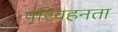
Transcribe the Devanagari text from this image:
परिवहनता